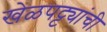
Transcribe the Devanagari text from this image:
खेळपट्ट्यांची